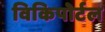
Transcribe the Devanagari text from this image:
विकिपोर्टल